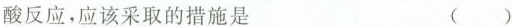
酸反应，应该采取的措施是 ( )